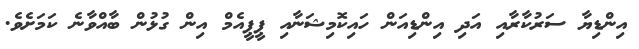
އިންޑިޔާ ސަރުކާރާއި އަދި އިންޑިއަން ހައިކޮމިޝަނާއި ޕީޕީއެމް އިން ގުޅުން ބާއްވާނެ ކަމަށެވެ.